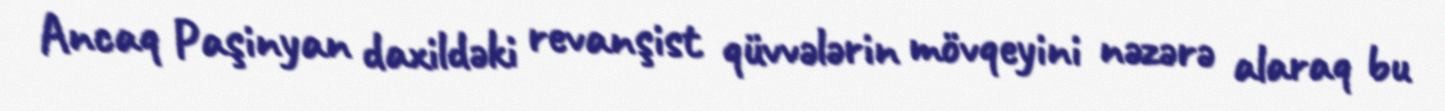
Ancaq Paşinyan daxildəki revanşist qüvvələrin mövqeyini nəzərə alaraq bu